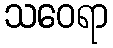
သဝေရာ